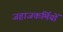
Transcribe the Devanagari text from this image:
जहाजकर्मियों